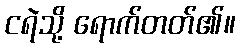
ငရဲသို့ ရောက်တတ်၏။